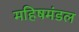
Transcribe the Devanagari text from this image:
महिषमंडल